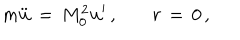
m \ddot { \bf u } \, = \, M _ { 0 } ^ { 2 } { \bf u } ^ { \prime } \, { , } \qquad r \, = \, 0 \, { , }